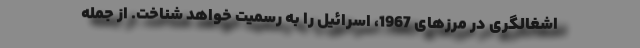
اشغالگری در مرزهای 1967، اسرائیل را به رسمیت خواهد شناخت. از جمله